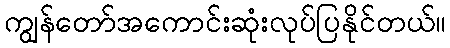
ကျွန်တော်အကောင်းဆုံးလုပ်ပြနိုင်တယ်။